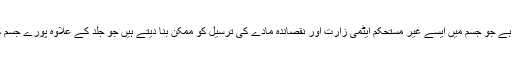
ہر لمحہ ہماری جلد کا واسطہ نقصان دہ اشیاء سے پڑتا رہتا ہے جو جسم میں ایسے غیر مستحکم ایٹمی زارت اور نقصاندہ مادے کی ترسیل کو ممکن بنا دیتے ہیں جو جلد کے علاوہ پورے جسم کو بھی غیر معمولی نقصان پہنچانے کا سبب بن سکتے ہیں۔